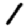
Digit: 1